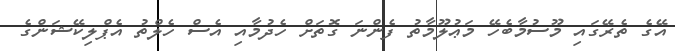
އޭގެ ތެރޭގައި މޫސުމާބެހޭ މަޢުލޫމާތު ފެންނަ ގޮތަށް ހެދުމާއި އެސް ހެލްތު އެޕްލިކޭޝަންގެ